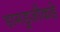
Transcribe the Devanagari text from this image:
डागडुजीकडे